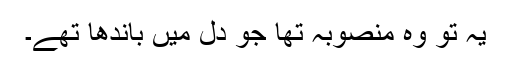
یہ تو وہ منصوبہ تھا جو دل میں باندھا تھے۔